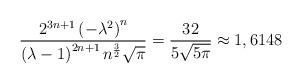
LaTeX: \begin{align*}\frac{2^{3n+1}\left( -\lambda ^{2}\right) ^{n}}{\left( \lambda -1\right)^{2n+1}n^{\frac{3}{2}}\sqrt{\pi }}=\frac{32}{5\sqrt{5\pi }}\approx 1,6148\end{align*}